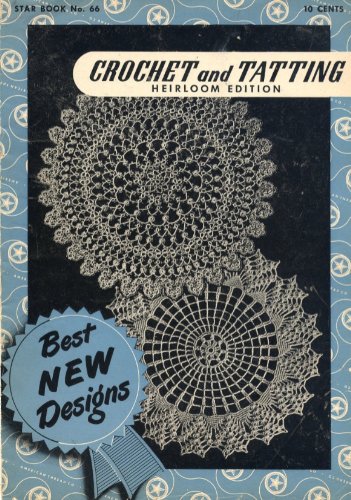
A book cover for Crochet and Tatting Heirloom Edition, Star Book No. 66 - Best New Designs; American Thread Co.; Crafts, Hobbies & Home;